画像に写った文字を読んでください
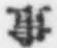
「事」と書いてあります